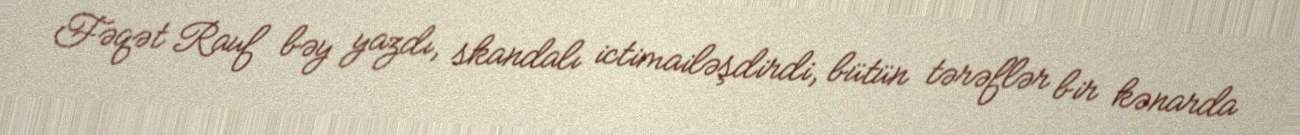
Fəqət Rauf bəy yazdı, skandalı ictimailəşdirdi, bütün tərəflər bir kənarda